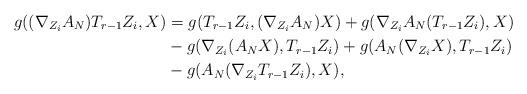
LaTeX: \begin{align*} g((\nabla_{Z_{i}}A_{N})T_{r-1}Z_{i},X) &= g(T_{r-1}Z_{i},(\nabla_{Z_{i}}A_{N})X) + g(\nabla_{Z_{i}}A_{N}(T_{r-1}Z_{i}),X)\\ & -g(\nabla_{Z_{i}}(A_{N}X),T_{r-1}Z_{i}) + g(A_{N}(\nabla_{Z_{i}}X),T_{r-1}Z_{i})\\ &-g(A_{N}(\nabla_{Z_{i}}T_{r-1}Z_{i}),X), \end{align*}